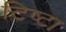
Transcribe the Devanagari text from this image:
टिष्टा